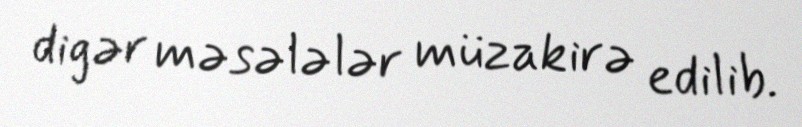
digər məsələlər müzakirə edilib.